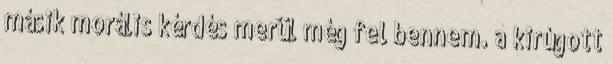
másik morális kérdés merül még fel bennem. a kirúgott